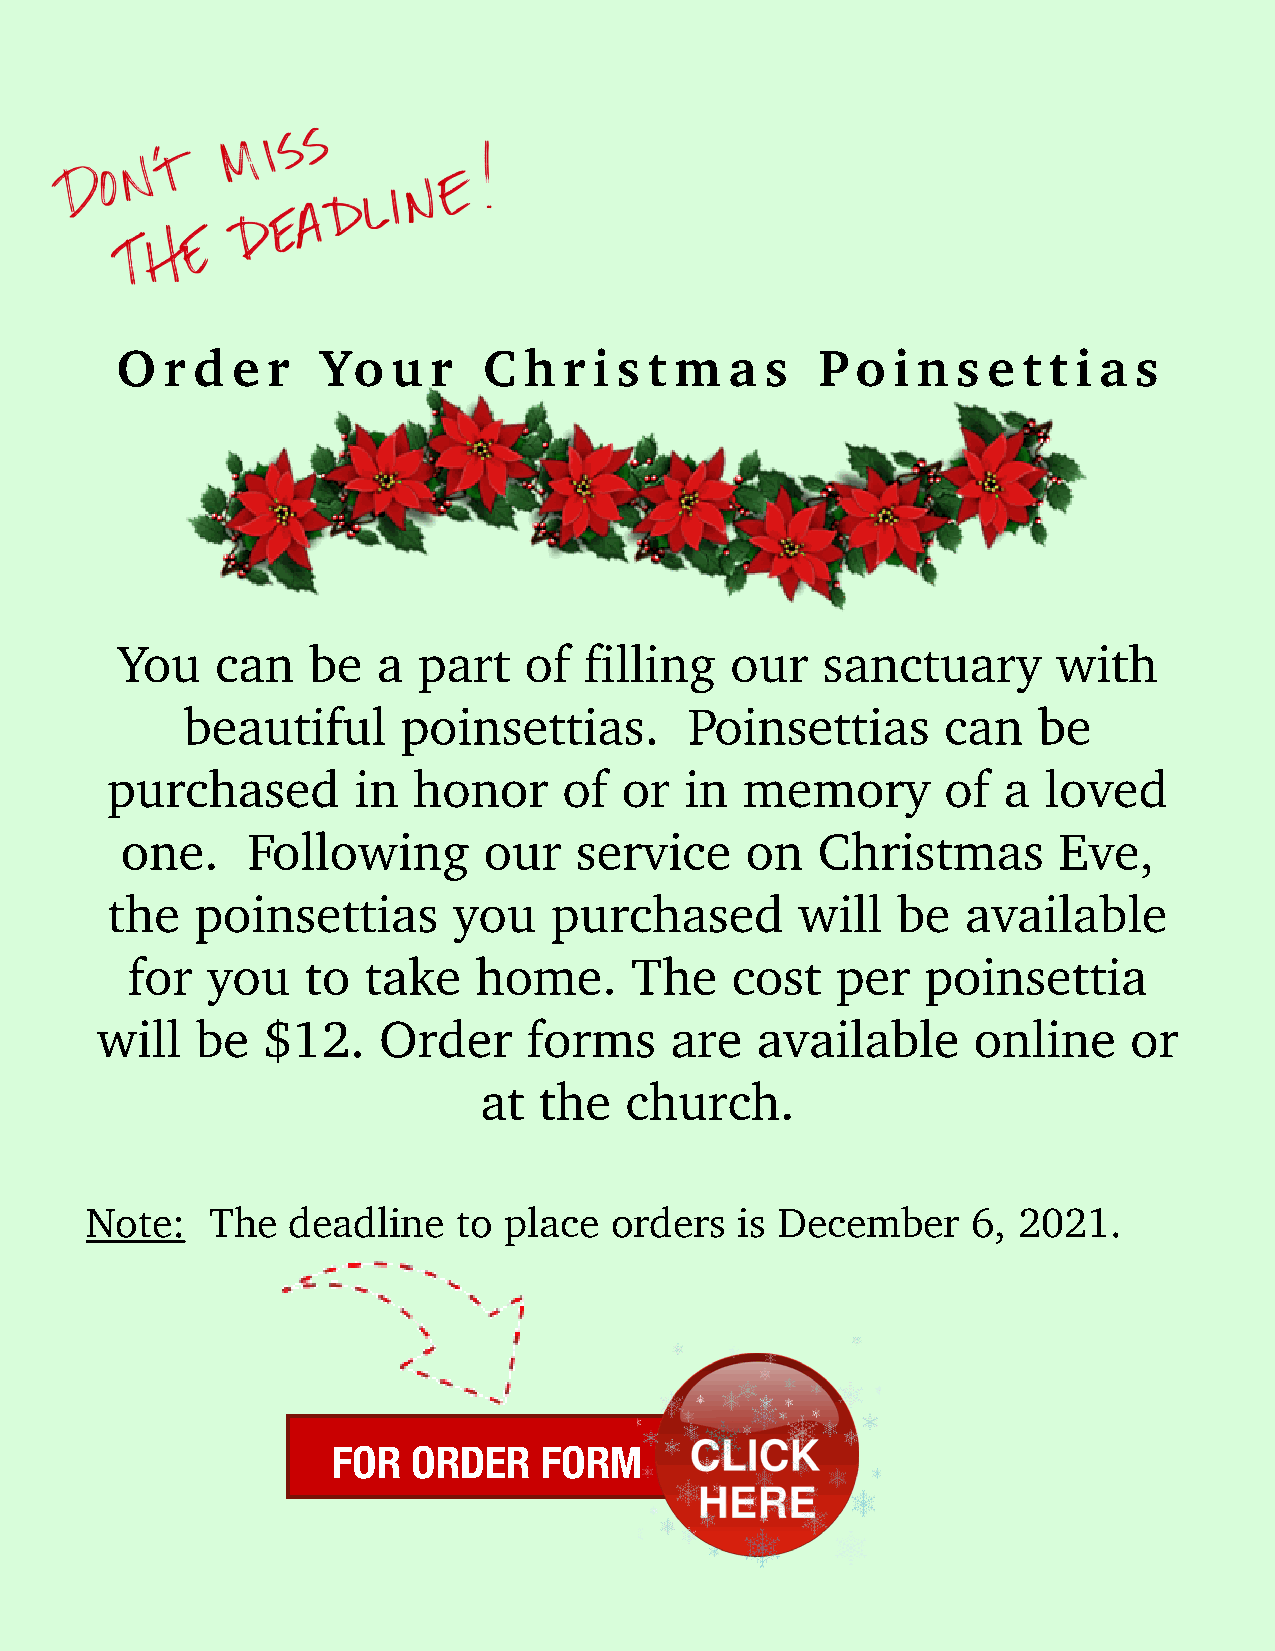
O  r d e  r  Yo   u r   C  h r i s t m  a  s  Po   i n s e  t t i a s
 You   can   be   a  part   of  filling  our   sanctuary       with
 beautiful      poinsettias.       Poinsettias      can   be
 purchased       in  honor     of  or  in  memory        of a  loved
 one.    Following       our   service    on   Christmas       Eve,
 the   poinsettias      you   purchased        will  be   available
 for   you   to  take   home.      The   cost   per   poinsettia
 will   be  $12.    Order     forms    are   available     online     or
 at  the  church.
 Note:   The  deadline   to place  orders   is December    6, 2021.
 FOR  ORDER    FORM